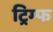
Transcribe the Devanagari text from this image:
ट्रिम्फ